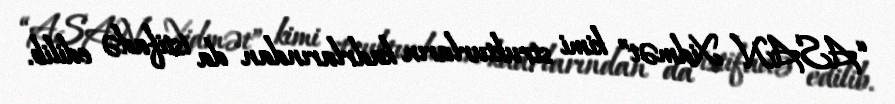
“ASAN Xidmət” kimi strukturların kadrlarından da istifadə edilib.